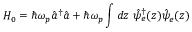
H _ { 0 } = \hbar \omega _ { p } \hat { a } ^ { \dagger } \hat { a } + \hbar \omega _ { p } \int d z \ \hat { \psi } _ { e } ^ { \dagger } ( z ) \hat { \psi } _ { e } ( z )